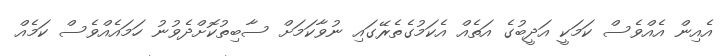
އެއިން އެއްވެސް ކަމަކީ އަދީބުގެ އަތެއް އެކަމުގެތެރޭގައި ނުވާކަމަށް ސާބިތުކޮށްދެވުނު ހަމައެއްވެސް ކަމެއް